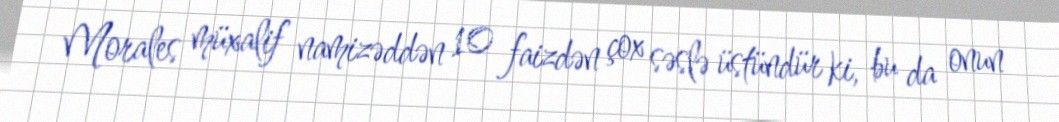
Morales müxalif namizəddən 10 faizdən çox səslə üstündür ki, bu da onun